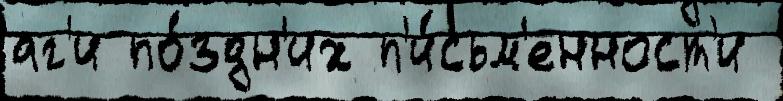
аг'и по́здн'их п'и́сьм'енност'и